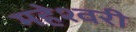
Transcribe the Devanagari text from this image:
महेश्‍वरी